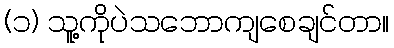
(၁) သူ့ကိုပဲသဘောကျစေချင်တာ။